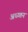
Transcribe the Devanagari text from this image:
अध्य्तन